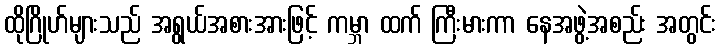
ထိုဂြိုဟ်များသည် အရွယ်အစားအားဖြင့် ကမ္ဘာ ထက် ကြီးမားကာ နေအဖွဲ့အစည်း အတွင်း